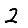
Digit: 2